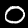
Digit: 0